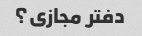
دفتر مجازی؟